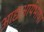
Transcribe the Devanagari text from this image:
आद्यआर्यभाषा